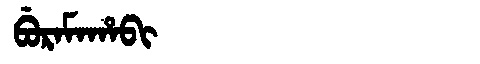
Manchu: ᠪᡠᡵᠠᠮᠠᡥᠠᠪᡳ
Romanization: BURAMAHABI